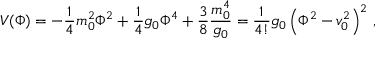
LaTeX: V ( \Phi ) = - \frac { 1 } { 4 } m _ { 0 } ^ { 2 } \Phi ^ { 2 } + \frac { 1 } { 4 } g _ { 0 } \Phi ^ { 4 } + \frac { 3 } { 8 } \frac { m _ { 0 } ^ { 4 } } { g _ { 0 } } = \frac { 1 } { 4 ! } g _ { 0 } \left( \Phi ^ { 2 } - v _ { 0 } ^ { 2 } \right) ^ { 2 } \, ,